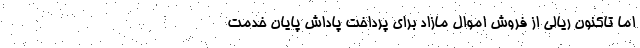
اما تاکنون ریالی از فروش اموال مازاد برای پرداخت پاداش پایان خدمت